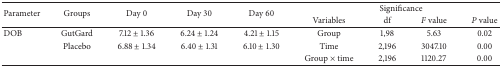
<table><thead><tr><td rowspan="2"><b>Parameter</b></td><td rowspan="2"><b>Groups</b></td><td rowspan="2"><b>Day 0</b></td><td rowspan="2"><b>Day 30</b></td><td rowspan="2"><b>Day 60</b></td><td colspan="4"><b>Significance</b></td></tr><tr><td><b>Variables</b></td><td><b>df</b></td><td><b><i>F</i> value</b></td><td><b><i>P</i> value</b></td></tr></thead><tbody><tr><td>DOB</td><td>GutGard</td><td>7.12 ± 1.36</td><td>6.24 ± 1.24</td><td>4.21 ± 1.15</td><td>Group</td><td>1,98</td><td>5.63</td><td>0.02</td></tr><tr><td> </td><td> Placebo</td><td> 6.88 ± 1.34</td><td> 6.40 ± 1.31</td><td>6.10 ± 1.30</td><td>Time</td><td>2,196</td><td>3047.10</td><td>0.00</td></tr><tr><td> </td><td> </td><td> </td><td> </td><td> </td><td>Group × time</td><td>2,196</td><td>1120.27</td><td>0.00</td></tr></tbody></table>